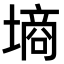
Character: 墒